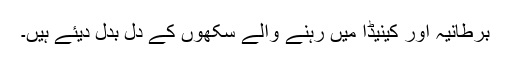
برطانیہ اور کینیڈا میں رہنے والے سکھوں کے دل بدل دیئے ہیں۔